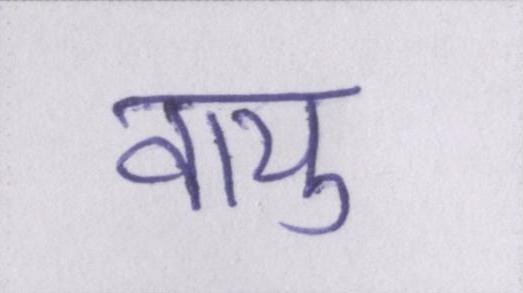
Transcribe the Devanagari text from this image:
वायु